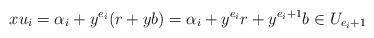
LaTeX: \begin{align*} xu_i &= \alpha_i+y^{e_i}(r+yb) = \alpha_i + y^{e_i}r + y^{e_i+1}b \in U_{e_i+1}\end{align*}